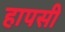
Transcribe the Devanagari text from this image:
हापसी